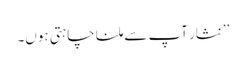
’’نثار آپ سے ملنا چاہتی ہوں۔